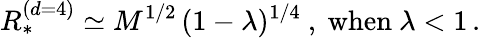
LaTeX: R_{*}^{(d=4)}\simeq M^{1/2}\, (1-\lambda)^{1/4}\ ,\ \mathrm{when}\ \lambda<1\, .